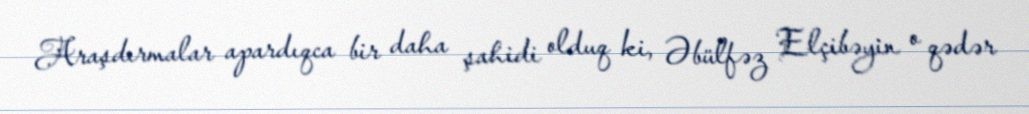
Araşdırmalar apardıqca bir daha şahidi olduq ki, Əbülfəz Elçibəyin o qədər